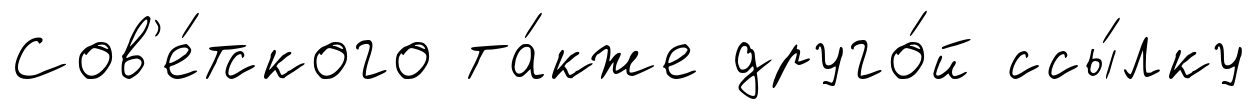
Сов'е́тского та́кже друго́й ссы́лку